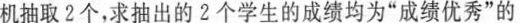
机抽取2个，求抽出的2个学生的成绩均为”成绩优秀”的